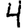
Digit: 4